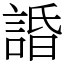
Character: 諙